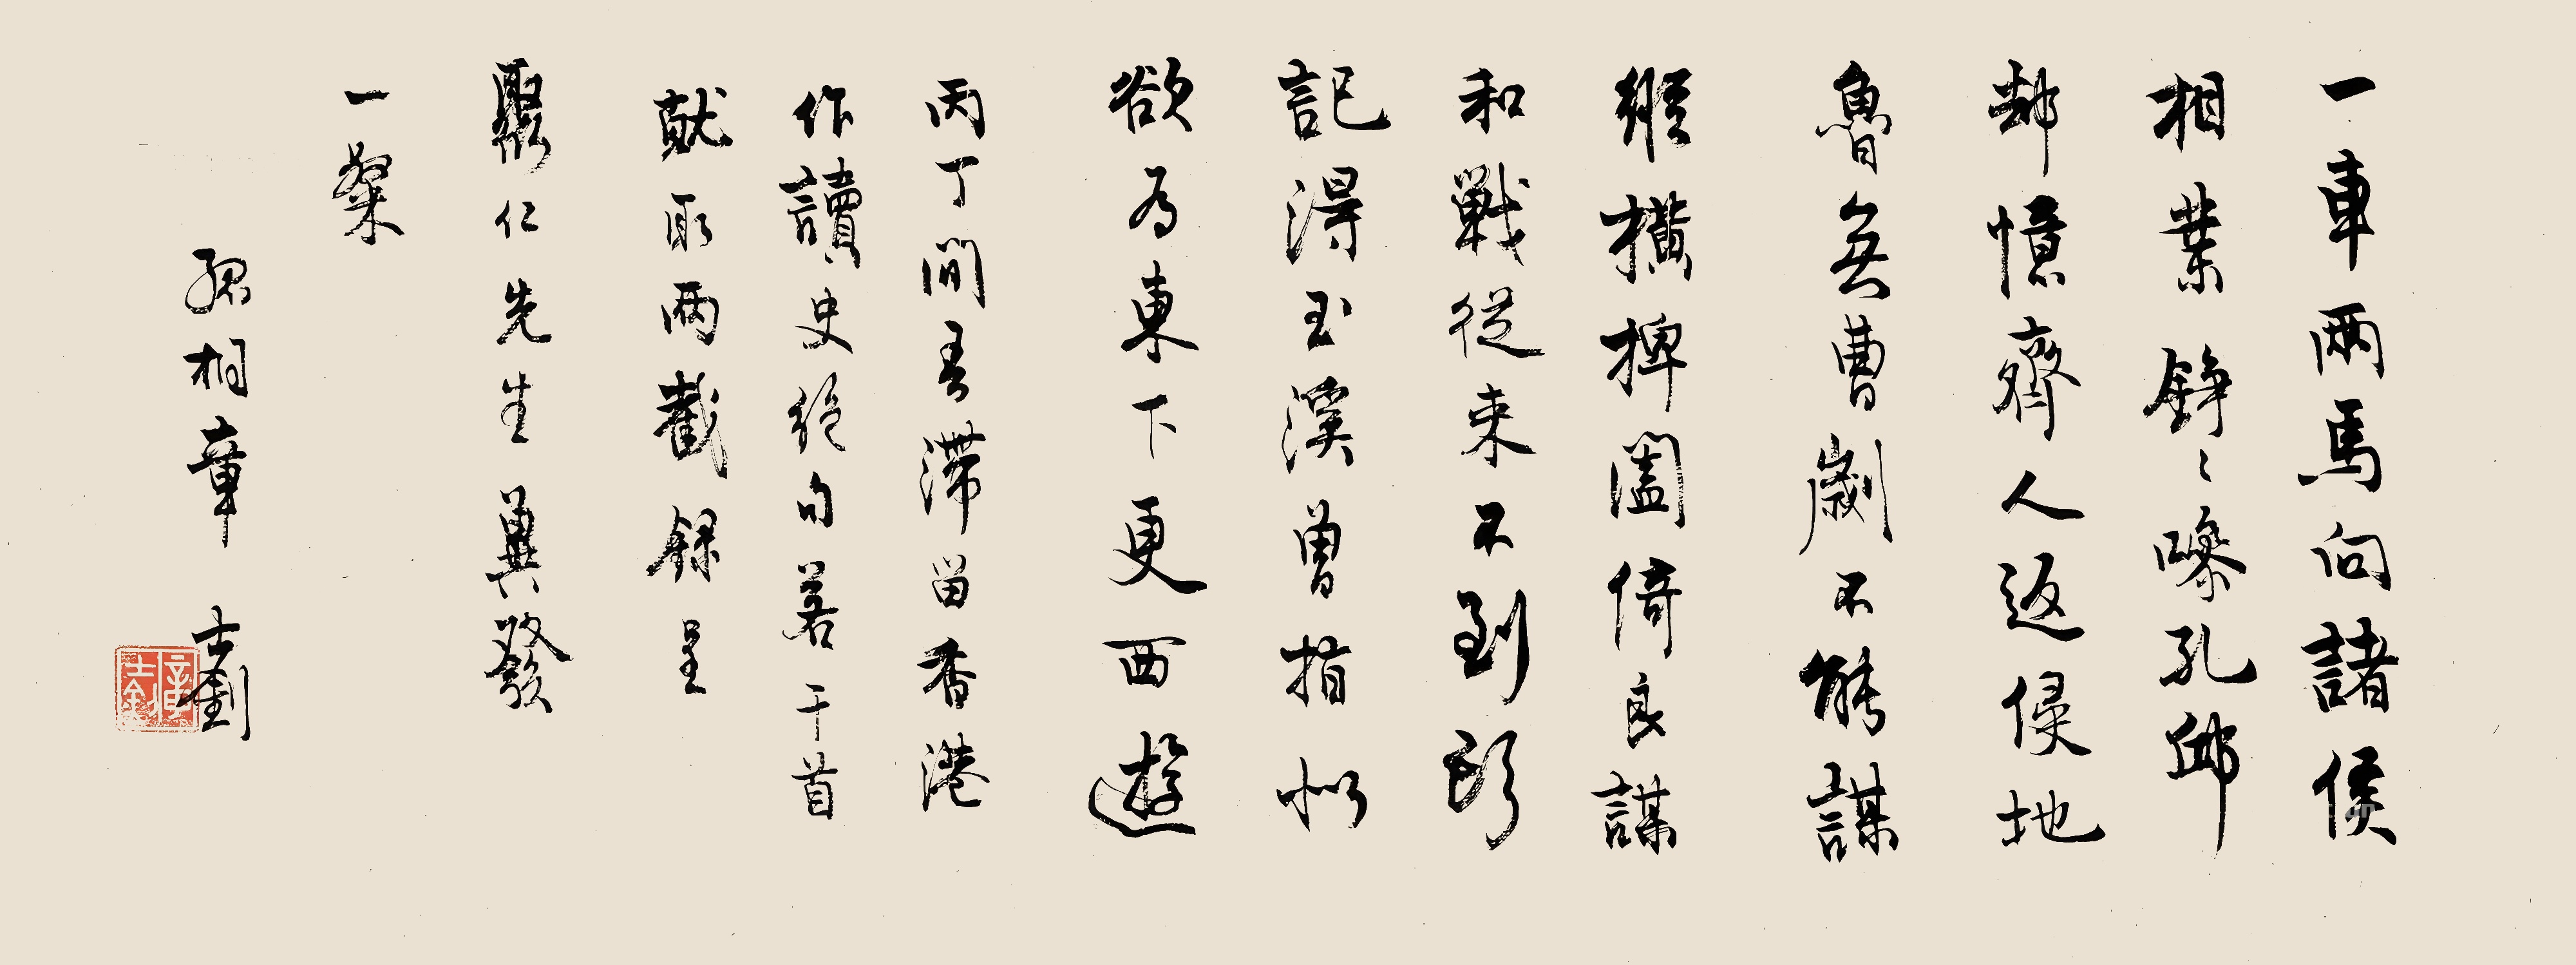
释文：一车两马向诸侯，相业铮铮嘇孔丘。却忆齐人返侵地，鲁无曹刿不能谋。纵横捭阖倚良谋，和战从来不到头。记得玉溪曾指似，欲为东下更西游。丙丁间吾滞留香港作读史绝句若干首。就取两截录呈，聚仁先生冀发一粲。孤桐章士钊。